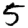
Digit: 5